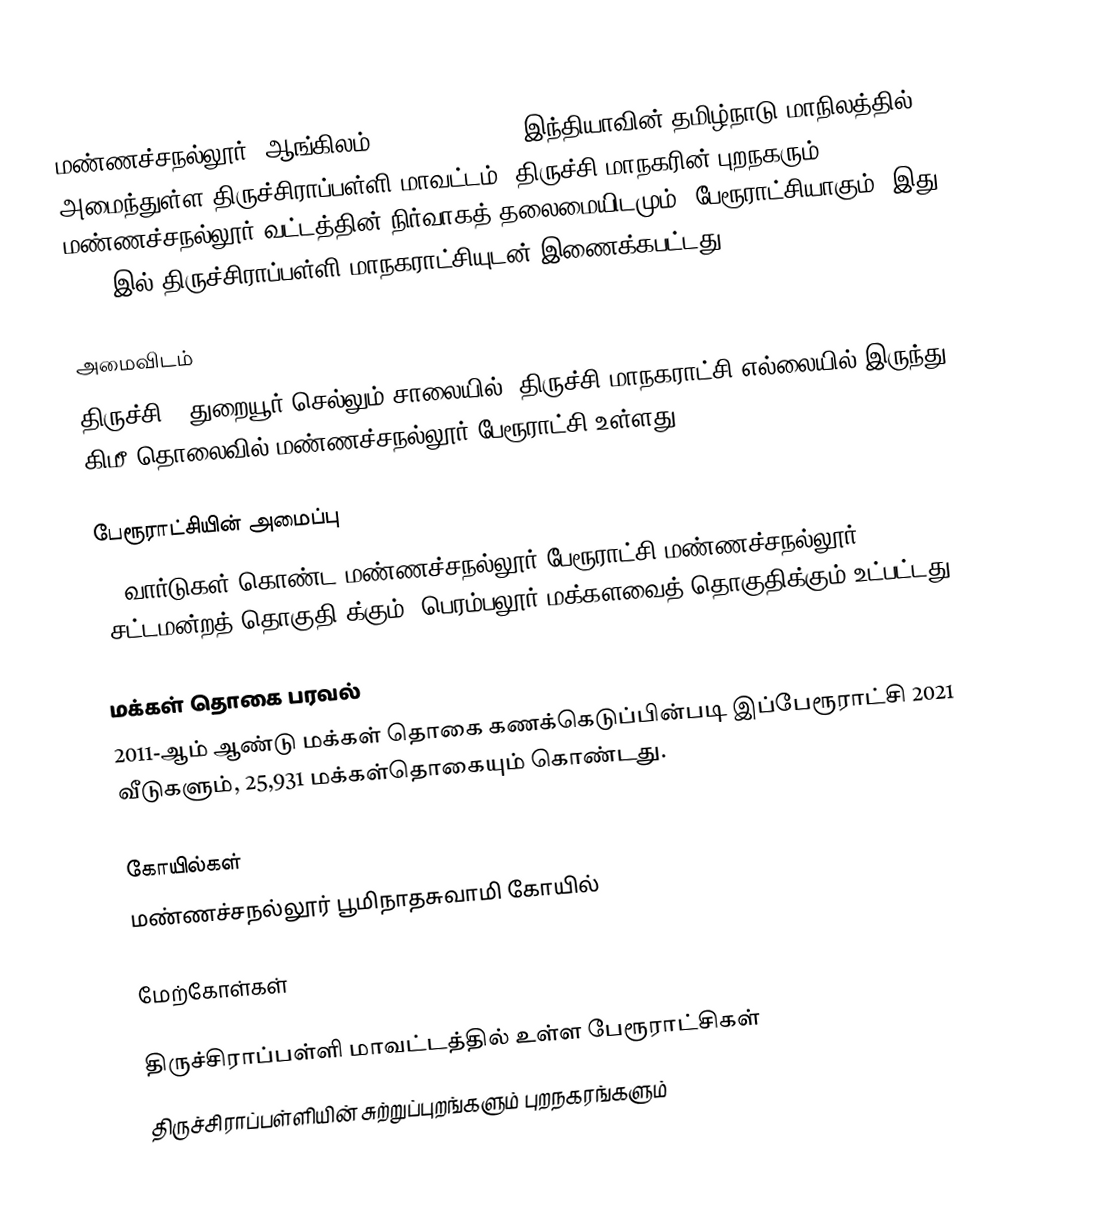
மண்ணச்சநல்லூர் (ஆங்கிலம்:Manachanallur), இந்தியாவின் தமிழ்நாடு மாநிலத்தில் அமைந்துள்ள திருச்சிராப்பள்ளி மாவட்டம், திருச்சி மாநகரின் புறநகரும் , மண்ணச்சநல்லூர் வட்டத்தின் நிர்வாகத் தலைமையிடமும், பேரூராட்சியாகும். இது 2023 இல் திருச்சிராப்பள்ளி மாநகராட்சியுடன் இணைக்கபட்டது.

அமைவிடம்
திருச்சி - துறையூர் செல்லும் சாலையில், திருச்சி மாநகராட்சி எல்லையில் இருந்து 12 கிமீ தொலைவில் மண்ணச்சநல்லூர் பேரூராட்சி உள்ளது.

பேரூராட்சியின் அமைப்பு
18 வார்டுகள்  கொண்ட மண்ணச்சநல்லூர் பேரூராட்சி  மண்ணச்சநல்லூர்  (சட்டமன்றத் தொகுதி)க்கும், பெரம்பலூர் மக்களவைத் தொகுதிக்கும் உட்பட்டது.

மக்கள் தொகை பரவல்
2011-ஆம் ஆண்டு மக்கள் தொகை கணக்கெடுப்பின்படி  இப்பேரூராட்சி  2021 வீடுகளும், 25,931  மக்கள்தொகையும் கொண்டது.

கோயில்கள்
 மண்ணச்சநல்லூர் பூமிநாதசுவாமி கோயில்

மேற்கோள்கள்

திருச்சிராப்பள்ளி மாவட்டத்தில் உள்ள பேரூராட்சிகள்
திருச்சிராப்பள்ளியின் சுற்றுப்புறங்களும் புறநகரங்களும்